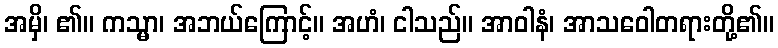
အမှိ၊ ၏။ ကသ္မာ၊ အဘယ်ကြောင့်။ အဟံ၊ ငါသည်။ အာဝါနံ၊ အာသဝေါတရားတို့၏။